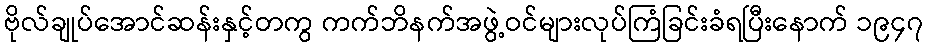
ဗိုလ်ချုပ်အောင်ဆန်းနှင့်တကွ ကက်ဘိနက်အဖွဲ့ဝင်များလုပ်ကြံခြင်းခံရပြီးနောက် ၁၉၄၇